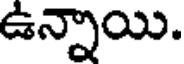
ఉన్నాయి.